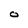
Character: o